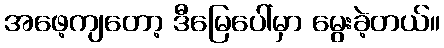
အဖေ့ကျတော့ ဒီမြေပေါ်မှာ မွေးခဲ့တယ်။